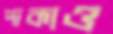
পাকাও